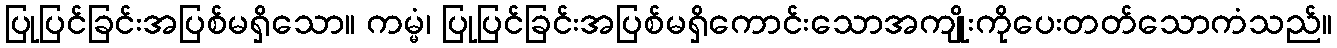
ပြုပြင်ခြင်းအပြစ်မရှိသော။ ကမ္မံ၊ ပြုပြင်ခြင်းအပြစ်မရှိကောင်းသောအကျိုးကိုပေးတတ်သောကံသည်။